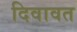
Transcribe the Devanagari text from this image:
दिवावत